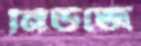
নিউজে